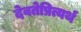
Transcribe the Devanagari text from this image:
देवतेप्रित्यर्थ